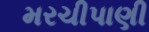
મરચીપાણી